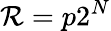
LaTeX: \mathcal{R}=p2^{N}